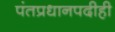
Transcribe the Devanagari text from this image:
पंतप्रधानपदीही